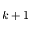
k + 1